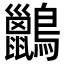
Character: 𪇹